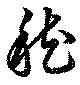
嵆